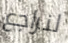
لنراجع